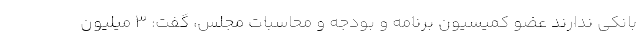
بانکی ندارند عضو کمیسیون برنامه و بودجه و محاسبات مجلس، گفت: ۳ میلیون